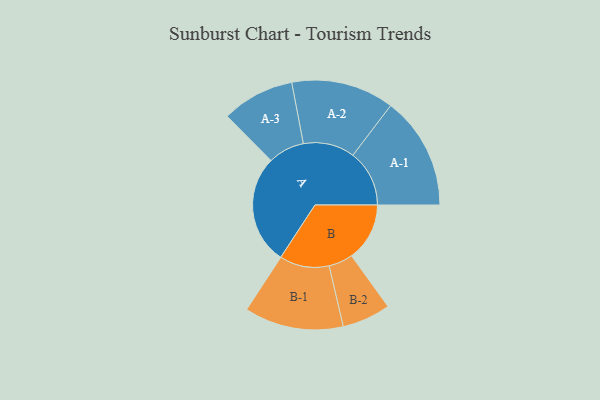
{"axis": {"x": "Segment", "y": "Value"}, "legend": ["", "A", "B"], "data": [{"x": "A", "y": 478, "type": ""}, {"x": "B", "y": 254, "type": ""}, {"x": "A-1", "y": 247, "type": "A"}, {"x": "A-2", "y": 225, "type": "A"}, {"x": "A-3", "y": 159, "type": "A"}, {"x": "B-1", "y": 217, "type": "B"}, {"x": "B-2", "y": 106, "type": "B"}]}